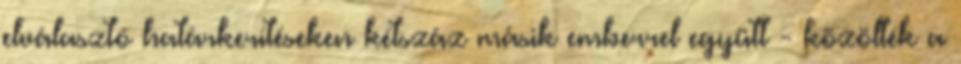
elválasztó határkerítéseken kétszáz másik emberrel együtt - közölték a